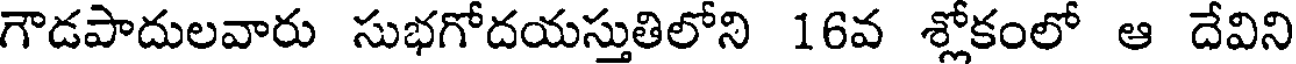
గౌడపాదులవారు సుభగోదయస్తుతిలోని 16వ శ్లోకంలో ఆ దేవిని